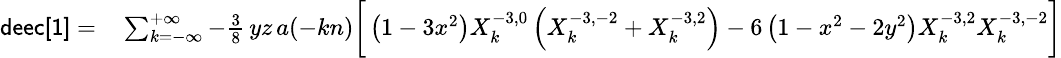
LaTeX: \small\begin{array}{rl}{{\sf deec[1]}=}&{{}\sum_{k=-\infty}^{+\infty}-\frac 38\, yz\, a(-kn)\bigg[\left(1-3x^{2}\right)X_{k}^{-3,0}\left(X_{k}^{-3,-2}+X_{k}^{-3,2}\right)-6\left(1-x^{2}-2y^{2}\right)X_{k}^{-3,2}X_{k}^{-3,-2}\bigg]}\end{array}